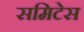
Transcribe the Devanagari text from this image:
समिटेस